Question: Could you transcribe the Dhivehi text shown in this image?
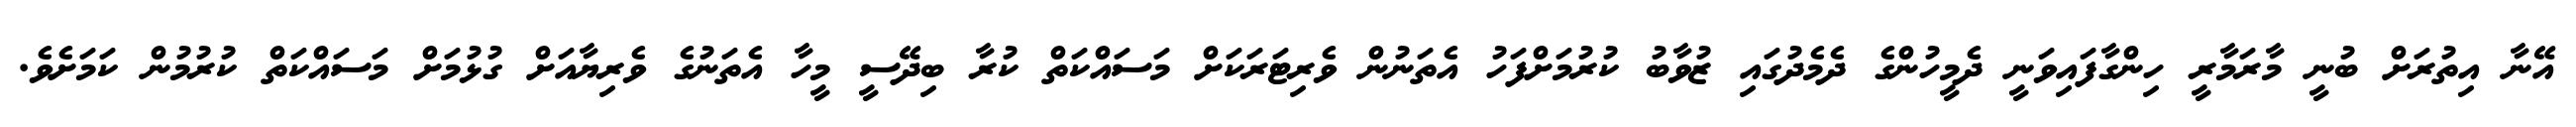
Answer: އޭނާ އިތުރަށް ބުނީ މާރަމާރީ ހިންގާފައިވަނީ ދެމީހުންގެ ދެމެދުގައި ޒުވާބު ކުރުމަށްފަހު އެތަނުން ވެރިޓަރަކަށް މަސައްކަތް ކުރާ ބިދޭސީ މީހާ އެތަނުގެ ވެރިޔާއަށް ގުޅުމަށް މަސައްކަތް ކުރުމުން ކަމަށެވެ.